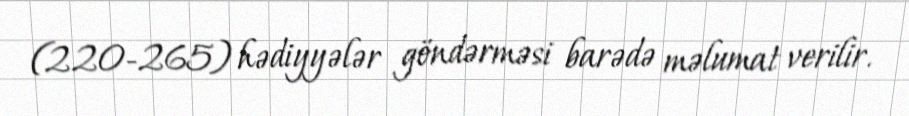
(220-265) hədiyyələr göndərməsi barədə məlumat verilir.